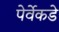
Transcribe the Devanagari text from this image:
पेर्वेकडे